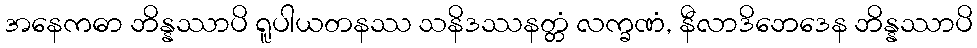
အနေကဓာ ဘိန္နဿာပိ ရူပါယတနဿ သနိဒဿနတ္တံ လက္ခဏံ, နီလာဒိဘေဒေန ဘိန္နဿာပိ